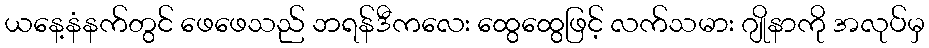
ယနေ့နံနက်တွင် ဖေဖေသည် ဘရန်ဒီကလေး ထွေထွေဖြင့် လက်သမား ဂျိုနာကို အလုပ်မှ